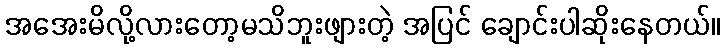
အအေးမိလို့လားတော့မသိဘူးဖျားတဲ့ အပြင် ချောင်းပါဆိုးနေတယ်။